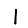
Digit: 1